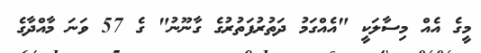
މީގެ އެއް މިސާލަކީ "އެއްގަމު ދަތުރުފަތުރުގެ ގާނޫނު" ގެ 57 ވަނަ މާއްދާގެ